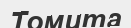
Томита